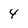
Character: 4